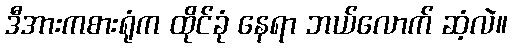
ဒီအားကစားရုံက ထိုင်ခုံ နေရာ ဘယ်လောက် ဆံ့လဲ။